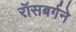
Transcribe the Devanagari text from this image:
रॉसबर्गने